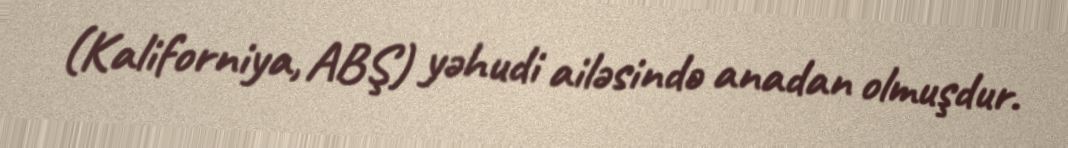
(Kaliforniya, ABŞ) yəhudi ailəsində anadan olmuşdur.